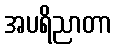
အပရိညာတာ